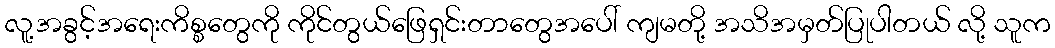
လူ့အခွင့်အရေးကိစ္စတွေကို ကိုင်တွယ်ဖြေရှင်းတာတွေအပေါ် ကျမတို့ အသိအမှတ်ပြုပါတယ် လို့ သူက